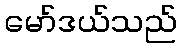
မော်ဒယ်သည်